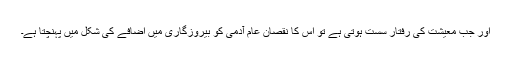
اور جب معیشت کی رفتار سست ہوتی ہے تو اس کا نقصان عام آدمی کو بیروزگاری میں اضافے کی شکل میں پہنچتا ہے۔